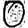
Digit: 0